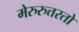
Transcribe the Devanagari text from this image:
मेरुरुत्तरतो